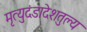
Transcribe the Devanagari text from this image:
मृत्युदंडादेशतुल्य